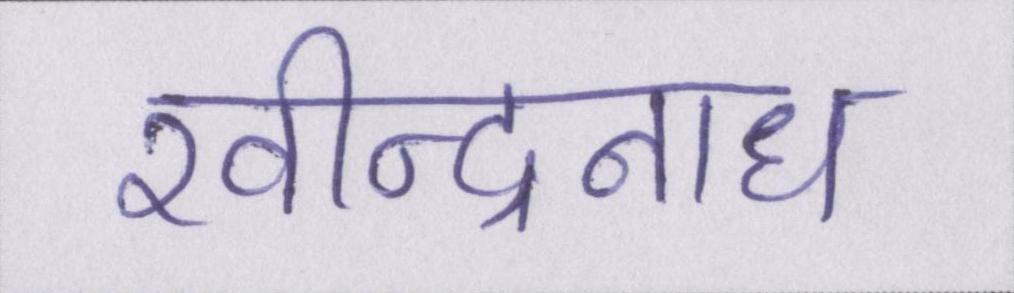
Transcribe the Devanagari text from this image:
रवीन्द्रनाथ